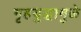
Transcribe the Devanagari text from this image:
गृहयुद्धामुळे